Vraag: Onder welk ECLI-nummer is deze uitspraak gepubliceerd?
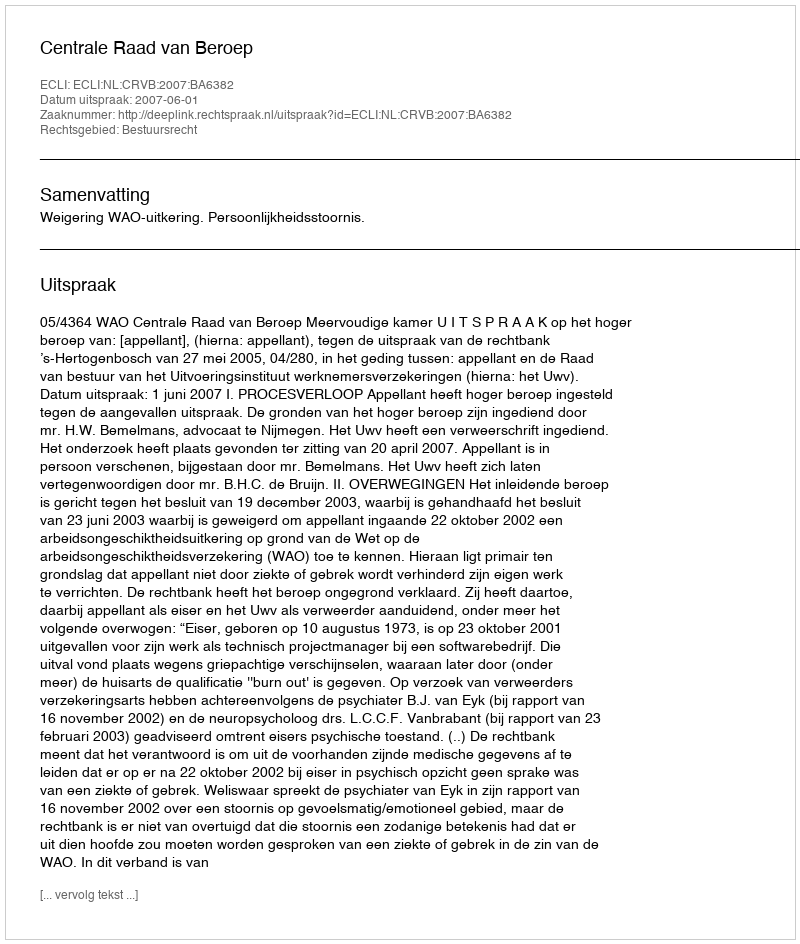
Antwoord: ECLI:NL:CRVB:2007:BA6382